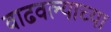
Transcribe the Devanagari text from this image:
वाढवल्याच्या